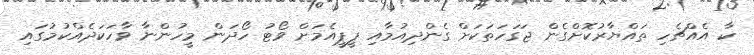
ކާ އެއްޗެހި ތައްޔާރުކޮށްގެން ޖަގަހަތަކަށް ގެންދިއުމާއި ޕީޕީއެމަށް ވޯޓު ހޯދަން މީހުންނާ ވާހަކަދެއްކުމުގައި